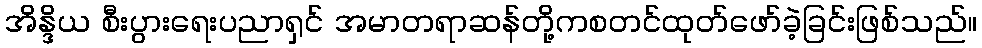
အိန္ဒိယ စီးပွားရေးပညာရှင် အမာတရာဆန်တို့ကစတင်ထုတ်ဖော်ခဲ့ခြင်းဖြစ်သည်။